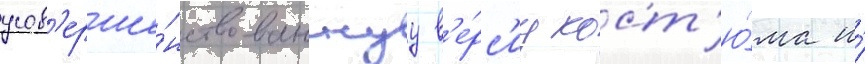
усов'ерше́нствованнуу в'е́рс'иу кост'ю́ма и́